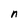
Character: n